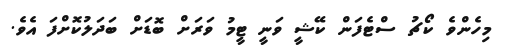
މިހެންވެ ކޯޗު ސްޓެފަން ކޭޝީ ވަނީ ޓީމު ވަރަށް ބޮޑަަށް ބަދަލުކޮށްފަ އެވެ.